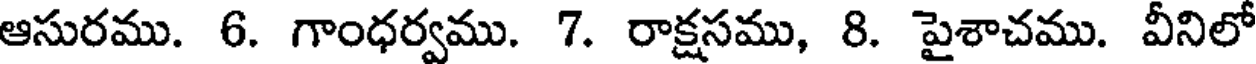
ఆసురము. 6. గాంధర్వము. 7. రాక్షసము, 8. పైశాచము. వీనిలో